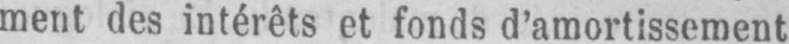
ment des intérêts et fonds d’amortissement